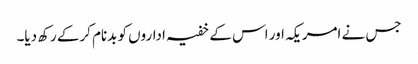
جس نے امریکہ اور اس کے خفیہ اداروں کو بدنام کرکے رکھ دیا۔